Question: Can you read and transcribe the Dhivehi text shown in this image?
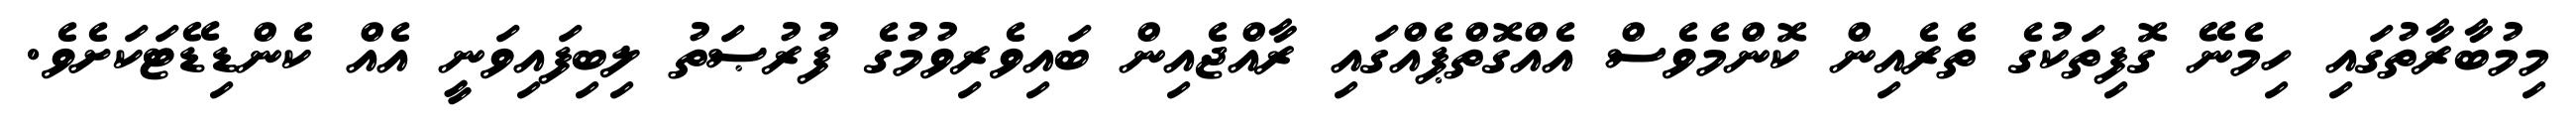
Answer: މިމުބާރާތުގައި ހިމެނޭ ގޮފިތަކުގެ ތެރެއިން ކޮންމެވެސް އެއްގޮތްޕެއްގައި ރާއްޖެއިން ބައިވެރިވުމުގެ ފުރުޞަތު ލިބިފައިވަނީ އެއް ކެންޑިޑޭޓަކަށެވެ.